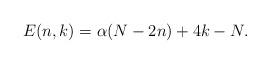
LaTeX: \begin{align*}E(n,k)=\alpha(N-2n)+4k-N.\end{align*}